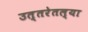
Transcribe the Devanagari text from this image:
उत्तरेतल्या